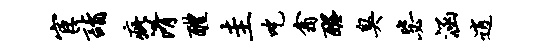
宦诣疵淆醴圭吃翕醒臭毖涵逍